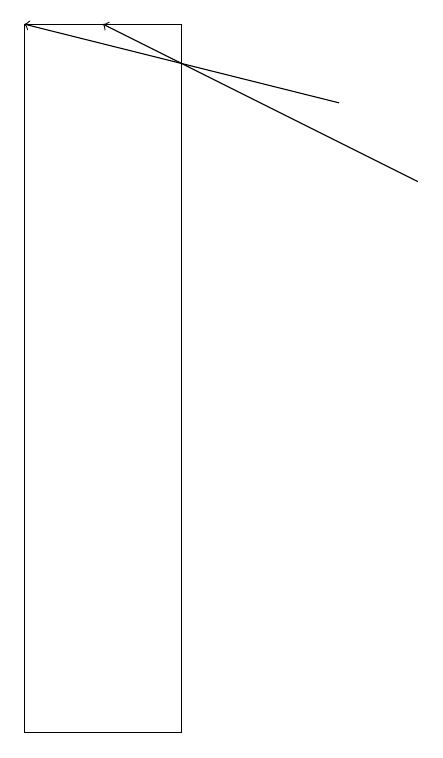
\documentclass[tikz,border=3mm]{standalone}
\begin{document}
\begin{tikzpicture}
\draw[->] (8,18) -- (4,19);
\draw[->] (9,17) -- (5,19);
\draw (6,10) rectangle (4,19);
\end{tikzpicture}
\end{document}